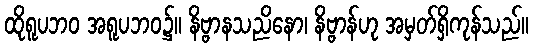
ထိုရူပဘဝ အရူပဘဝ၌။ နိဗ္ဗာနသညိနော၊ နိဗ္ဗာန်ဟု အမှတ်ရှိကုန်သည်။